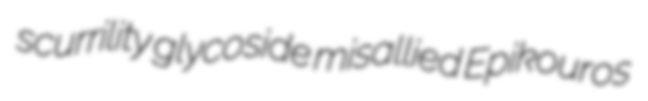
scurrility glycoside misallied Epikouros